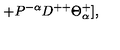
+ P ^ { - \alpha } D ^ { + + } \Theta _ { \alpha } ^ { + } ] ,